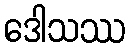
ဒေါသဿ